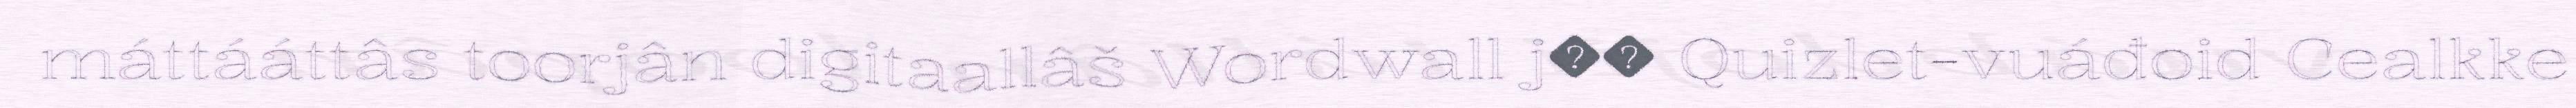
máttááttâs toorjân digitaallâš Wordwall j�� Quizlet-vuáđoid Cealkke